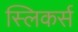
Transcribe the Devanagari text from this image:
स्लिकर्स